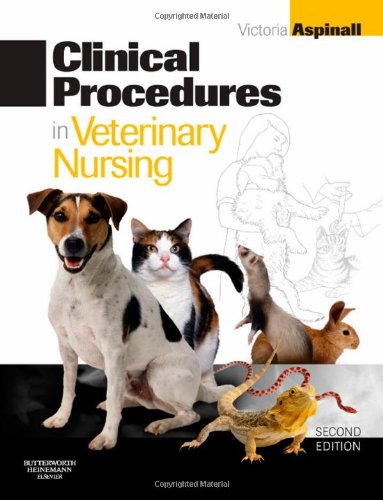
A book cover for Clinical Procedures in Veterinary Nursing, 2e; Victoria Aspinall BVSc  MRCVS; Medical Books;